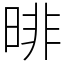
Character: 㫵